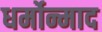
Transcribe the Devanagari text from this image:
धर्मोन्माद